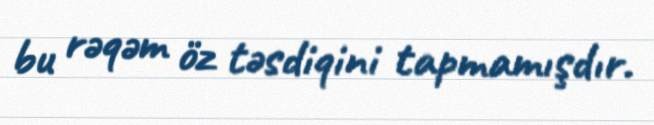
bu rəqəm öz təsdiqini tapmamışdır.